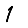
Digit: 1